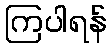
ကြပါရန်